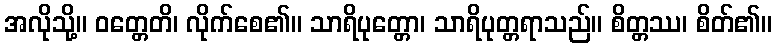
အလိုသို့။ ဝတ္တေတိ၊ လိုက်စေ၏။ သာရိပုတ္တော၊ သာရိပုတ္တရာသည်။ စိတ္တဿ၊ စိတ်၏။